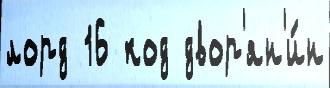
лорд 16 код двор'ян'и́н